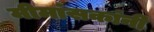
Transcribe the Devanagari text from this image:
मीमांसकांनी